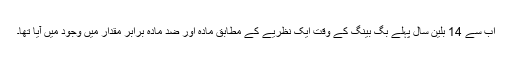
اب سے 14 بلین سال پہلے بِگ بینگ کے وقت ایک نظریے کے مطابق مادہ اور ضدِ مادہ برابر مقدار میں وجود میں آیا تھا۔